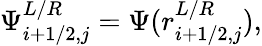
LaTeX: \Psi_{i+1/2,j}^{L/R}=\Psi(r_{i+1/2,j}^{L/R}),